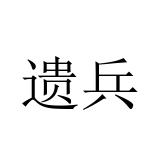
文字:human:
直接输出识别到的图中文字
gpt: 遗兵